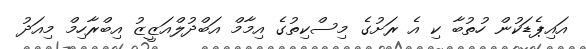
އައިޕެޑަކުން ހުތުބާ ކި އެ ރަށުގެ މިސްކިތުގެ އިމާމް އަބްދުލްއަޒީޒު އިބްރާހިމް މިއަދު